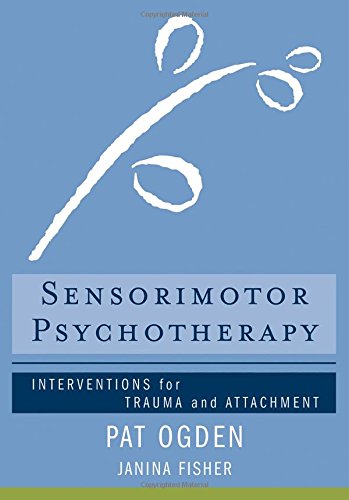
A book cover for Sensorimotor Psychotherapy: Interventions for Trauma and Attachment (Norton Series on Interpersonal Neurobiology); Pat Ogden Ph.D.; Medical Books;